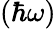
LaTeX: (\hbar\omega)